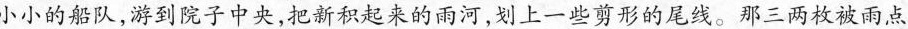
小小的船队，游到院子中央，把新积起来的雨河，划上一些剪形的尾线。那三两枚被雨点